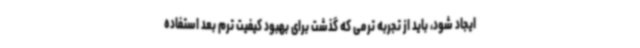
ایجاد شود، باید از تجربه ترمی که گذشت برای بهبود کیفیت ترم بعد استفاده